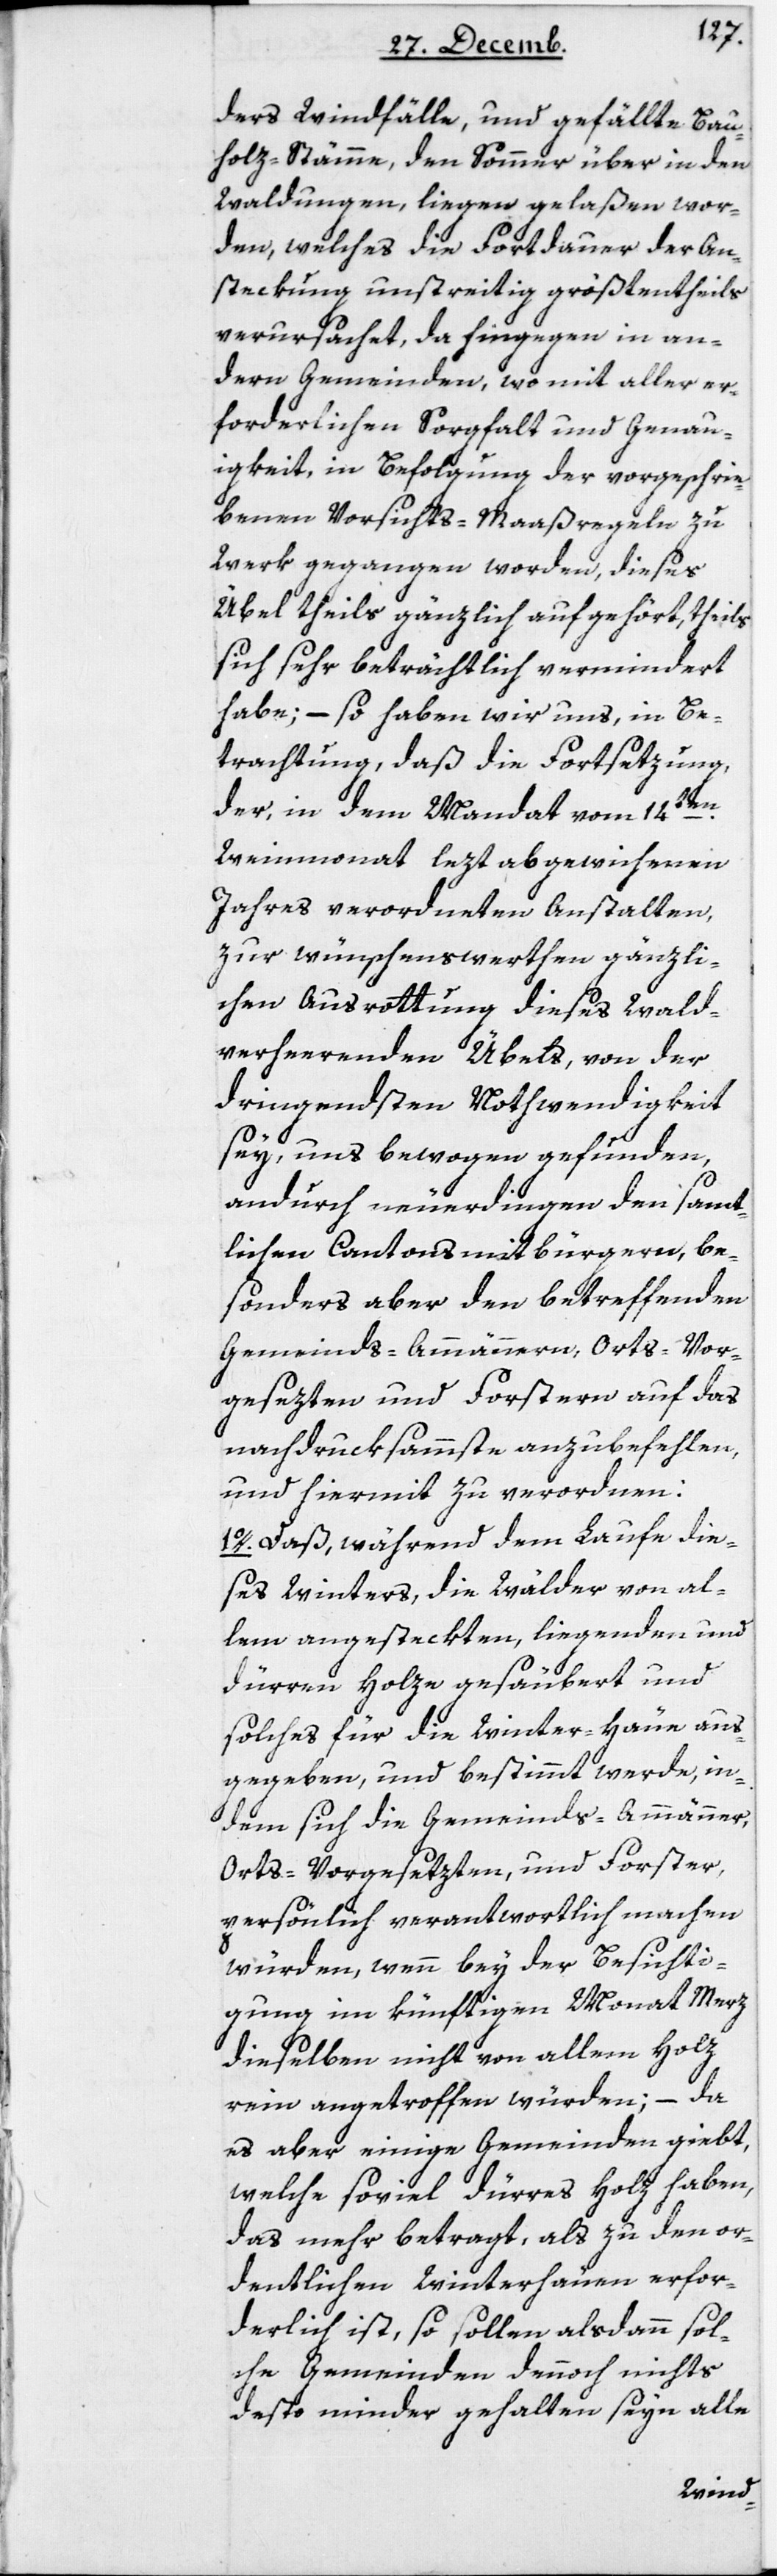
ders Windfälle und gefällte Bau¬
holz-Stämme, den Sommer über in den
Waldungen liegen gelaßen wor¬
den, welches die Fortdauer der An¬
stekung unstreitig größtentheils
verursachet, da hingegen in an¬
dern Gemeinden, wo mit aller er¬
forderlichen Sorgfalt und Genau¬
igkeit, in Befolgung der vorgeschrie¬
benen Vorsichts-Maaßregeln zu
Werk gegangen worden, dieses
Übel theils gänzlich aufgehört, theils
sich sehr beträchtlich vermindert
habe; – so haben wir uns, in Be¬
trachtung daß die Fortsetzung
der in dem Mandat vom 14ten
Weinmonat lezt abgewichenen
Jahres verordneten Anstalten,
zur wünschenswerten gänzli¬
chen Ausrottung dieses wald¬
verheerenden Übels, von der
dringendsten Nothwendigkeit
sey, uns bewogen gefunden,
andurch neuerdingen den sämt¬
lichen Cantonsmitbürgern, be¬
sonders aber den betreffenden
Gemeinds-Ammännern, Orts-Vor¬
gesezten und Forstern auf das
nachdruksammste anzubefehlen,
und hiermit zu verordnen:
1. Daß während dem Laufe die¬
ses Winters, die Wälder von al¬
lem angestekten, liegenden und
dürren Holze gesäubert und
solches für die Winter-Häue aus¬
gegeben und bestimmt werde, in¬
dem sich die Gemeinds-Ammänner,
Orts-Vorgesetzten und Forster,
persönlich verantwortlich machen
würden, wenn bey der Besichti¬
gung im künftigen Monat März
dieselben nicht von allem Holz
rein angetroffen würden; – da
es aber einige Gemeinden giebt,
welche soviel dürres Holz haben,
das mehr betragt, als zu den or¬
dentlichen Winterhäuen erfor¬
derlich ist, so sollen alsdann sol¬
che Gemeinden dennoch nichts
desto minder gehalten seyn alle